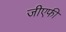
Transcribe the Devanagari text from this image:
जीएफी